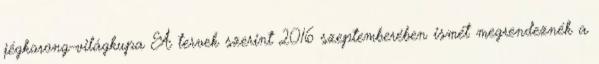
jégkorong-világkupa A tervek szerint 2016 szeptemberében ismét megrendeznék a